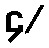
၄/